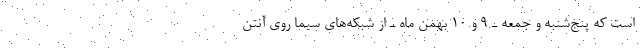
است که پنج‌شنبه و جمعه ـ ۹ و ۱۰ بهمن ماه ـ از شبکه‌های سیما روی آنتن